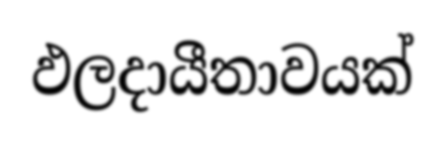
ඵලදායීතාවයක්